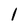
Character: l